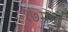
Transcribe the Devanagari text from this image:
१७मध्ये